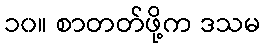
၁၀။ စာတတ်ဖို့က ဒသမ